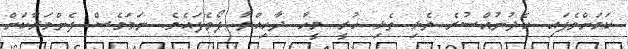
ކަމަށްވެފައި ހެދުނުއްސުރެ ތެޅި ތެޅި ހުރީ މީހާ ދާހިއްލާ ފޯވެފައެވެ. ނަމަވެސް ފެންވަރާކަށް